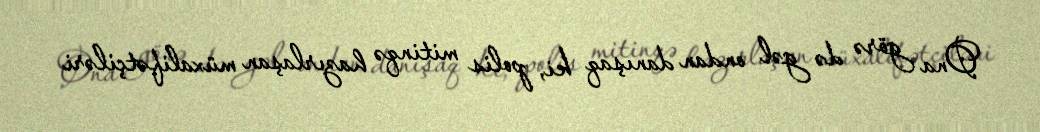
Ona görə də gəl ondan danışaq ki, polis mitinqə hazırlaşan müxalifətçiləri